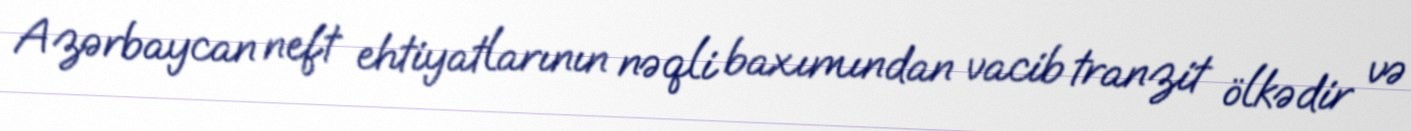
Azərbaycan neft ehtiyatlarının nəqli baxımından vacib tranzit ölkədir və